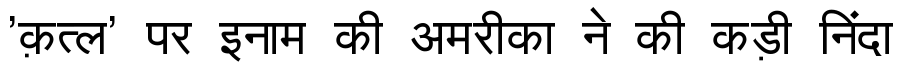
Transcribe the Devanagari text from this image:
'क़त्ल' पर इनाम की अमरीका ने की कड़ी निंदा